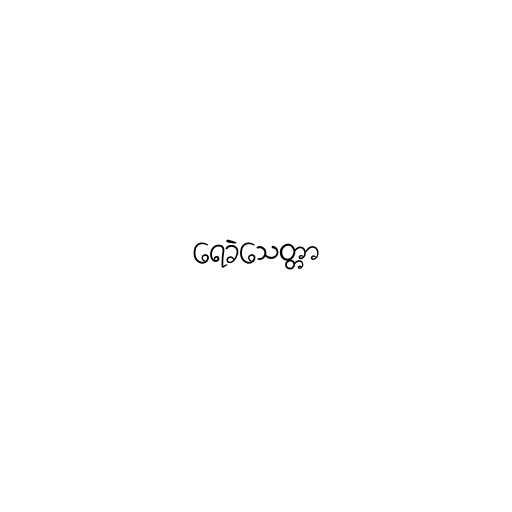
ရေခဲသေတ္တာ